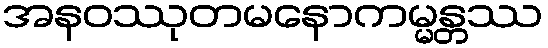
အနဝဿုတမနောကမ္မန္တဿ